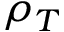
\rho _ { T }